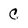
Character: C